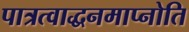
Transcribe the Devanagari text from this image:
पात्रत्वाद्धनमाप्नोति